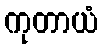
ကုတာယံ